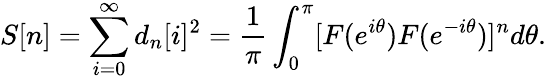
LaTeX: S[n]=\sum_{i=0}^{\infty}d_{n}[i]^{2}=\frac{1}{\pi}\int_{0}^{\pi}[F(e^{i\theta})F(e^{-i\theta})]^{n}d\theta.